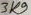
Text: 3K9